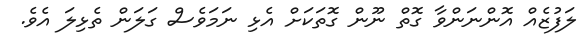
ލަފުޒެއް އޮންނަންވާ ގޮތް ނޫން ގޮތަކަށް އެޅި ނަމަވެސް ގަލަން ތެޅިލަ އެވެ.